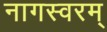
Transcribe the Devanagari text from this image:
नागस्वरम्‌